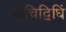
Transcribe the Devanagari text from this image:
केचिद्विधिं